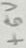
Text: +5V